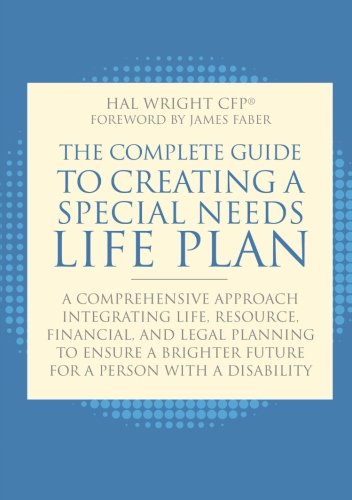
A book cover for The Complete Guide to Creating a Special Needs Life Plan: A Comprehensive Approach Integrating Life, Resource, Financial, and Legal Planning to Ensure a Brighter Future for a Person with a Disability; Hal Wright; Law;